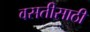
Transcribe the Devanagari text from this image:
वसतीसाठी